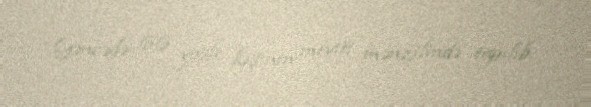
Gəncədə 66 yaşlı kişinin meyiti mənzilində tapılıb.